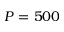
P = 5 0 0